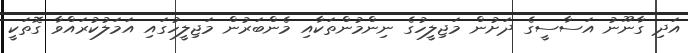
އަދި ގާނޫނު އަސާސީގެ ދަށުން މަޖިލީހުގެ ނިންމުންތަކާއި މެންބަރުން މަޖިލީހުގައި އަމަލުކުރައްވާ ގޮތަކީ